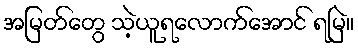
အမြတ်တွေ သဲ့ယူရလောက်အောင် ရမြဲ။